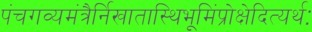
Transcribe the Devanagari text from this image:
पंचगव्यमंत्रैर्निखातास्थिभूमिंप्रोक्षेदित्यर्थः